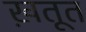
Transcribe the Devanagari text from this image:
ख़तूत